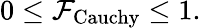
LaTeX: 0\leq{\cal F}_{\mathrm{Cauchy}}\leq 1.